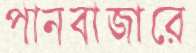
পানবাজারে